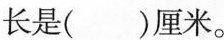
长是( )厘米.